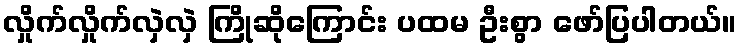
လှိုက်လှိုက်လှဲလှဲ ကြိုဆိုကြောင်း ပထမ ဦးစွာ ဖော်ပြပါတယ်။